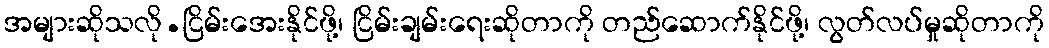
အများဆိုသလို.ငြိမ်းအေးနိုင်ဖို့၊ ငြိမ်းချမ်းရေးဆိုတာကို တည်ဆောက်နိုင်ဖို့၊ လွတ်လပ်မှုဆိုတာကို